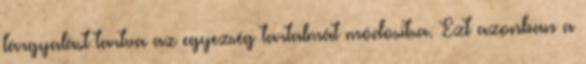
tárgyalást tartva az egyezség tartalmát módosítsa. Ezt azonban a